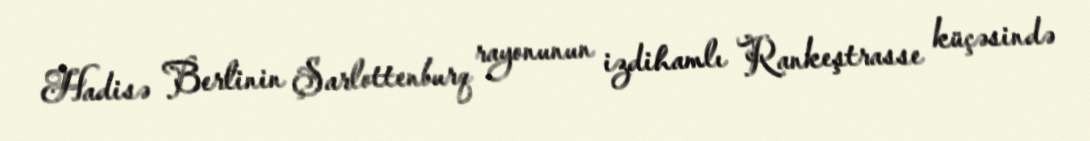
Hadisə Berlinin Şarlottenburq rayonunun izdihamlı Rankeştrasse küçəsində